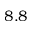
8 . 8